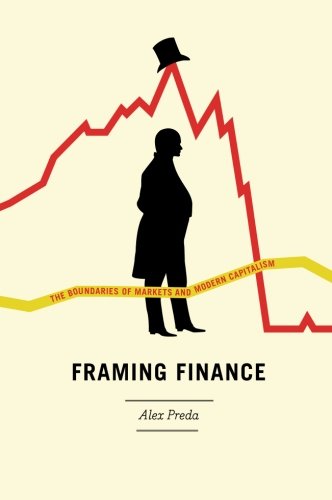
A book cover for Framing Finance: The Boundaries of Markets and Modern Capitalism; Alex Preda; Crafts, Hobbies & Home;